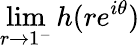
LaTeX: \operatorname*{lim}_{r\to 1^{-}}h(re^{i\theta})